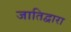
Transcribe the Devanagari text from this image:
जातिद्वारा